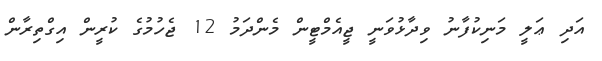
އަދި ޢަލީ މަނިކުފާނު ވިދާޅުވަނީ ޖީއެމްޓީން މެންދަމު 12 ޖެހުމުގެ ކުރީން އިގްތިރާން